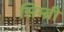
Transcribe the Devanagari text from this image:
सिम्ब्री